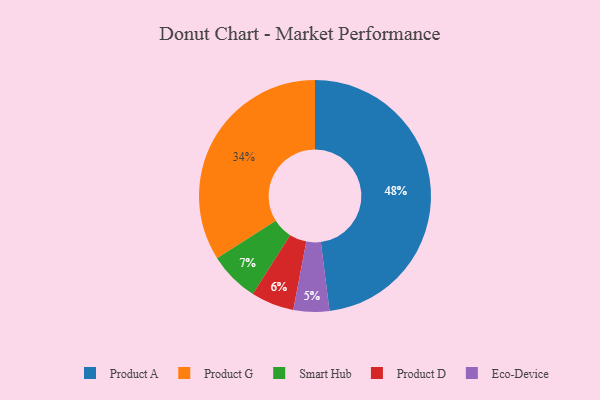
{"axis": {"x": "Category", "y": "Percentage"}, "legend": ["Eco-Device", "Product A", "Product D", "Product G", "Smart Hub"], "data": [{"x": "Eco-Device", "y": 5, "type": "Eco-Device"}, {"x": "Product G", "y": 34, "type": "Product G"}, {"x": "Product A", "y": 48, "type": "Product A"}, {"x": "Product D", "y": 6, "type": "Product D"}, {"x": "Smart Hub", "y": 7, "type": "Smart Hub"}]}